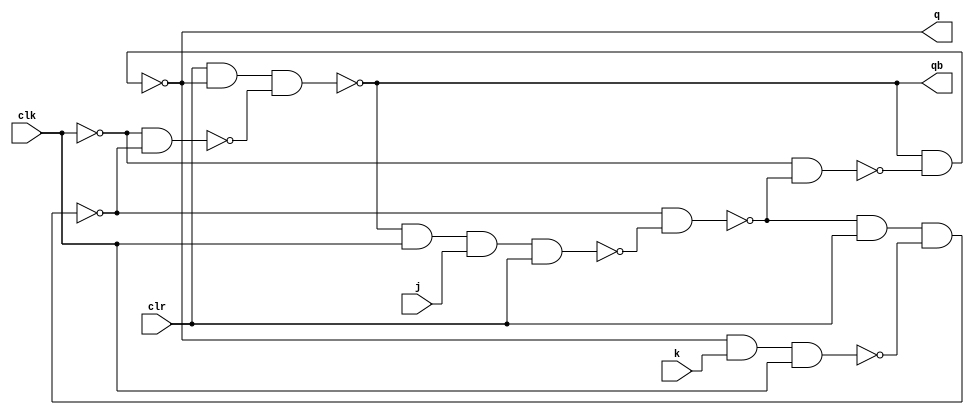

module master(q,qb,j,k,clr,clk);
input j,k,clr,clk;
output q,qb;
wire a,y,c,b,z,d,clkb;
not(clkb,clk);
nand(a,qb,clk,j,clr);
nand(b,q,k,clk);
nand(y,z,a);
nand(z,y,clr,b);
nand(c,clkb,y);
nand(d,clkb,z);
nand(q,qb,c);
nand(qb,clr,q,d);
endmodule
module seq(c,clk,clr);
wire [3:0]a,b;
output [3:0] c;
input clk,clr;
wire c1,c2,c3,c4;
not(c1,c[0]);
not(c2,c[1]);
not(c3,c[2]);
not(c4,c[3]);
and(a[0],c[3],c[2],c[1]);
and(b[0],c4,c3,c2);
 master m1 (c[0],,a[0],b[0],clr,clk);
and(a[1],c[3],c[2],c1);
and(b[1],c4,c3,c[0]);
master m2 (c[1],,a[1],b[1],clr,clk);
and(a[2],c[3],c1,c2);
and(b[2],c4,c[0],c[1]);
master m3 (c[2],,a[2],b[2],clr,clk);
and(a[3],c3,c1,c2);
and(b[3],c[2],c[0],c[1]);
master m4 (c[3],,a[3],b[3],clr,clk);
endmodule